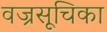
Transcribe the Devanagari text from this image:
वज्रसूचिका